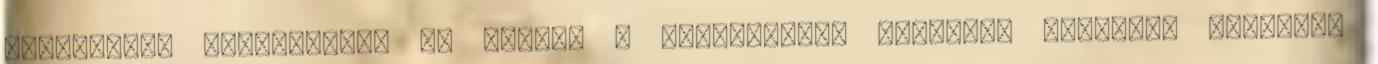
tétovázni. Kinyitottam az ajtót. A félhomályos folyosón tűzpiros ruhában,